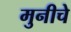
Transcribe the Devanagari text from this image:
मुनीचे